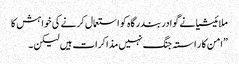
ملائیشیا نے گوادر بندرگاہ کو استعمال کرنے کی خواہش کا
”امن کا ر استہ جنگ نہیں مذاکرات ہیں لیکن ۔